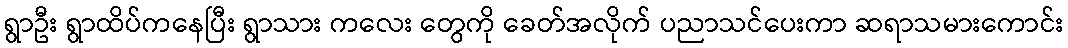
ရွာဦး ရွာထိပ်ကနေပြီး ရွာသား ကလေး တွေကို ခေတ်အလိုက် ပညာသင်ပေးကာ ဆရာသမားကောင်း